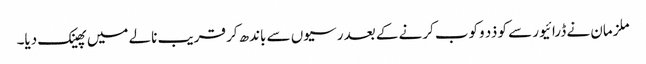
ملزمان نے ڈرائیور سے کو ذد وکوب کرنے کے بعد رسیوں سے باندھ کر قریب نالے میں پھینک دیا۔